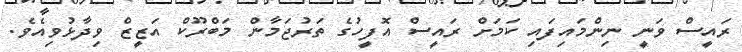
ރައީސް ވަނީ ނިންމައިފައި ކަމަށް ރައީސް އޮފީހުގެ ތަރުޖަމާން މަބްރޫކް އަޒީޒް ވިދާޅުވިއެވެ.